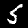
Digit: 5